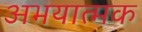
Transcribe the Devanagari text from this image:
अभयात्मक